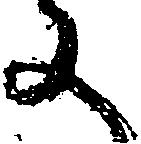
に